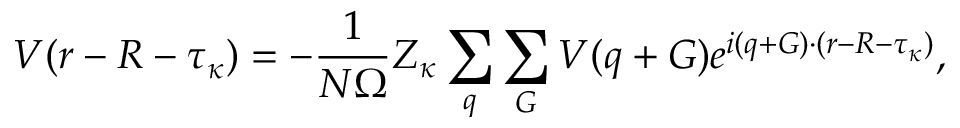
V ( \boldsymbol { r } - \boldsymbol { R } - \boldsymbol { \tau } _ { \kappa } ) = - \frac { 1 } { N \Omega } Z _ { \kappa } \sum _ { \boldsymbol { q } } \sum _ { \boldsymbol { G } } V ( \boldsymbol { q } + \boldsymbol { G ) } e ^ { i ( \boldsymbol { q } + \boldsymbol { G } ) \cdot ( \boldsymbol { r } - \boldsymbol { R } - \boldsymbol { \tau } _ { \kappa } ) } ,